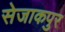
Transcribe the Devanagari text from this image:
सेजाकपुर